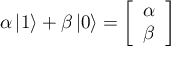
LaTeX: \alpha \left\vert 1 \right\rangle + \beta \left\vert 0 \right\rangle = { \left[ \begin{array} { l } { \alpha } \\ { \beta } \end{array} \right] }